Source: Handwritten
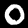
Digit: ၀ (0)